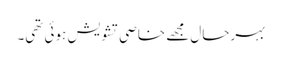
بہرحال مجھے خاصی تشویش ہوئی تھی۔